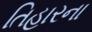
તિહારના